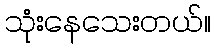
သုံးနေသေးတယ်။